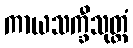
ကာယသက္ခီသုတ္တံ